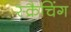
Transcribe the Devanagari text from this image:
स्क्रैचिंग